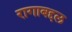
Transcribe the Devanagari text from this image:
रागाबद्दल